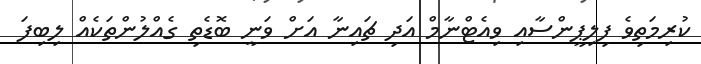
ކުރިމަތިވެ ފިލިޕީންސާއި ވިއެޓްނާމް އަދި ޗައިނާ އަށް ވަނީ ބޮޑެތި ގެއްލުންތަކެއް ލިބިފަ